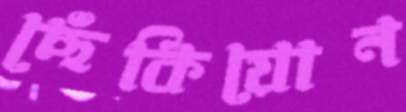
ছেঁকিয়োন